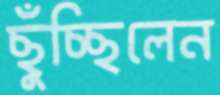
ছুঁচ্ছিলেন